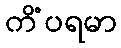
ကိံပရမာ